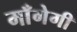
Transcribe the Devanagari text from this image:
माँगेगी